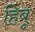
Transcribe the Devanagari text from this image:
हिबू